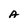
Character: A